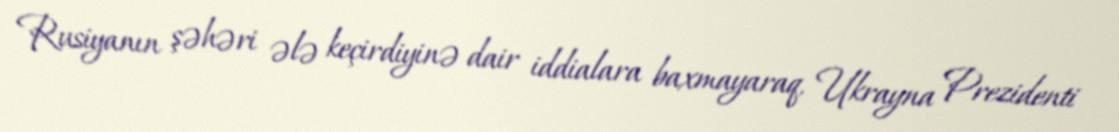
Rusiyanın şəhəri ələ keçirdiyinə dair iddialara baxmayaraq, Ukrayna Prezidenti